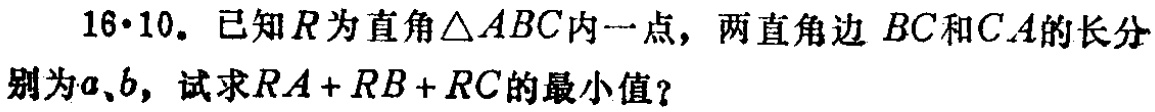
16·10. 已知\(R\)为直角\(\triangle ABC\)内一点，两直角边 \(BC\)和\(CA\)的长分别为\(a\)、\(b\)，试求\(RA + RB + RC\)的最小值？